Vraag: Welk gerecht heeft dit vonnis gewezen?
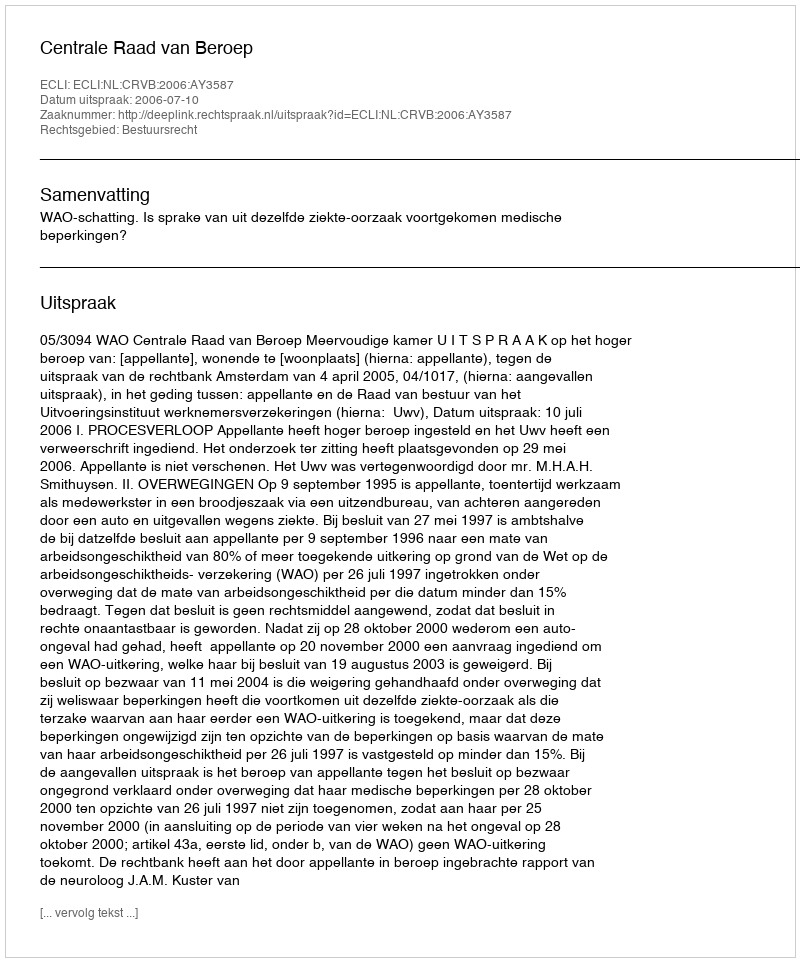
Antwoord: Centrale Raad van Beroep